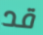
قد